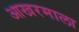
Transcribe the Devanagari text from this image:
आखरमाला